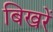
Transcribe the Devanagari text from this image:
बिखरें